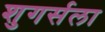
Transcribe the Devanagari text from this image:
शुगर्सला